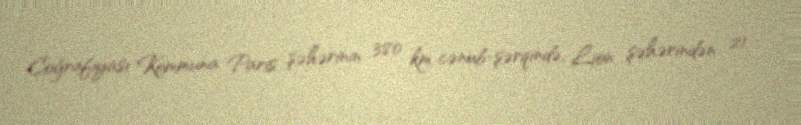
Coğrafiyası Kommuna Paris şəhərinin 380 km cənub-şərqində, Lion şəhərindən 21